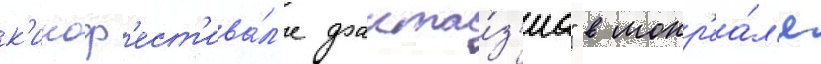
к'иноф'ест'ива́л'е фанта́з'иа" в монр'еа́л'е